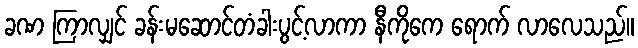
ခဏ ကြာလျှင် ခန်းမဆောင်တံခါးပွင့်လာကာ နီကိုကေ ရောက် လာလေသည်။